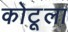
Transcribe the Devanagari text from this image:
कोटूला